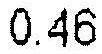
0.46